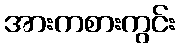
အားကစားကွင်း